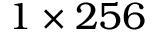
1 \times 2 5 6